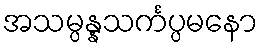
အသမ္ပန္နသင်္ကပ္ပမနော